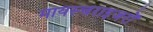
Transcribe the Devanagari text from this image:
मायस्चराइजरों